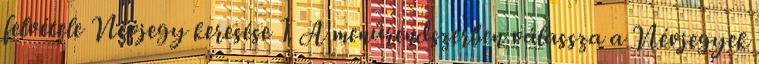
felvétele Névjegy keresése 1. A menürendszerben válassza a Névjegyek